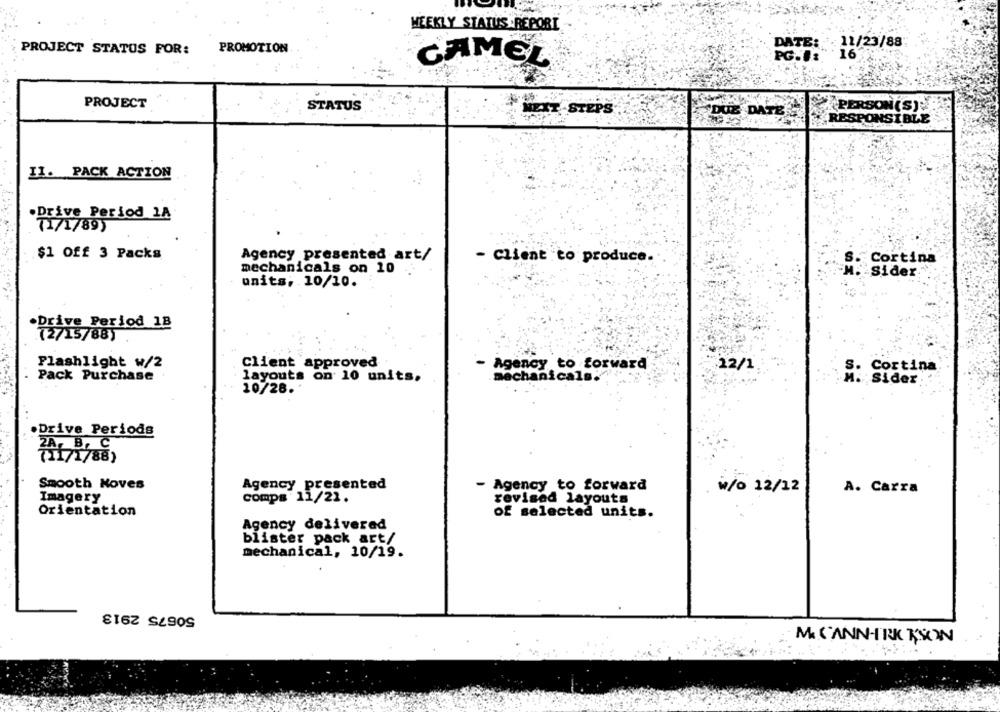
WEEKLY STATUS REPORT
PROMOTION
DATE: 11/23/88
PROJECT STATUS FOR:
CAMEL
PROJECT
STATUS
ST
PS
DUE DATE
PERSON (S)
RESPONSIBLE
II. PACK ACTION
.Drive Period 1A
71/1/89)
$1 Off 3 Packs
Agency presented art/
- Client to produce
Cortina
mechanicals on 10
Sider
units, 10/10.
·Drive Period 18
Flashlight w/2
Client approved
- Agency to forward
12/1
Cortina
Pack Purchase
layouts on 10 units.
mechanicals."
Sider
10/28.
.Drive Periods
71171/88)
Smooth Moves
Agency presented
- Agency to forward
w/o 12/12
A. Carra
Imagery
comps 11/21.
revised layouts
Orientation
of selected units.
Agency delivered
blister pack art/
mechanical, 10/19.
50675 2913
MI C'ANN-TRE KSON